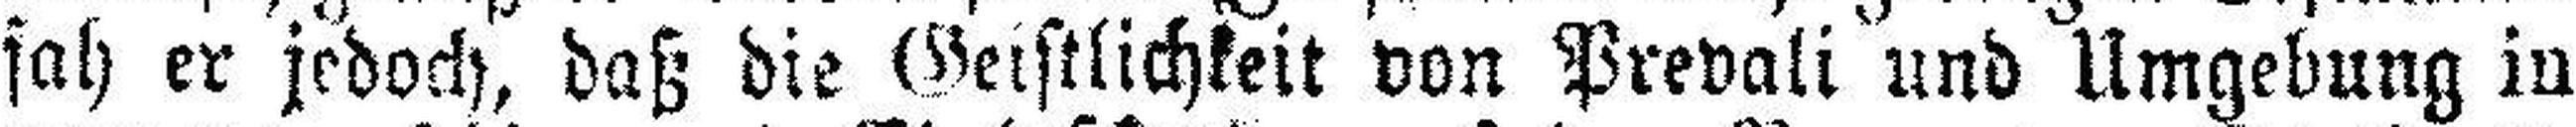
sah er jedoch, daß die Geistlichkeit von Prevali und Umgebung in